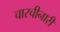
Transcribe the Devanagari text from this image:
चारचीनारी